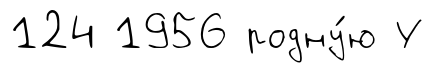
124 1956 родну́ю У